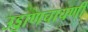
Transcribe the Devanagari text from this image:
उड्डाणचाचणी